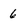
Character: 6